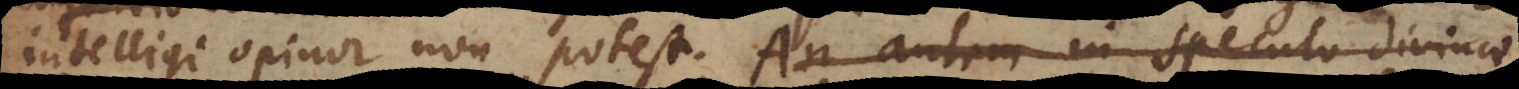
intelligi opinor non potest. An autem in speculo divi